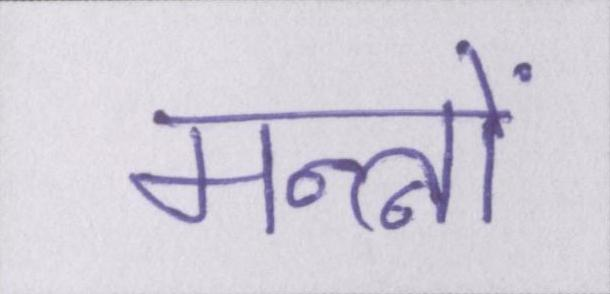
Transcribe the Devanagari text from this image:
मन्त्रों